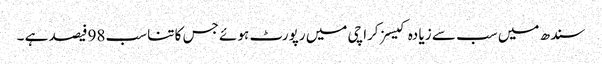
سندھ میں سب سے زیا دہ کیسز کراچی میں رپورٹ ہوئے جس کا تناسب 98فیصد ہے ۔